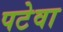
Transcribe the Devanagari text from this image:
पटेवा